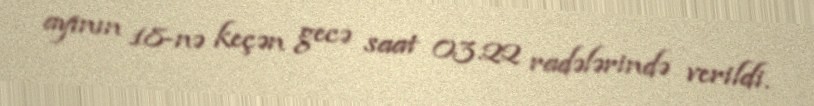
ayının 18-nə keçən gecə saat 03.22 radələrində verildi.